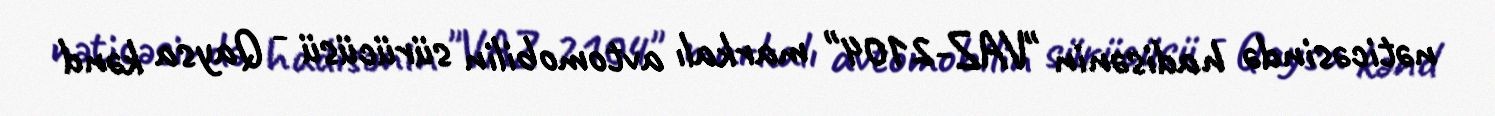
nəticəsində hadisənin "VAZ-2104" markalı avtomobilin sürücüsü - Qaysa kənd